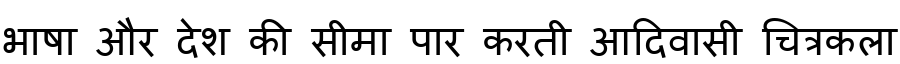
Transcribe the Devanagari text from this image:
भाषा और देश की सीमा पार करती आदिवासी चित्रकला